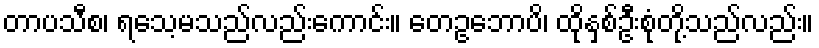
တာပသီစ၊ ရသေ့မသည်လည်းကောင်း။ တေဥဘောပိ၊ ထိုနှစ်ဦးစုံတို့သည်လည်း။